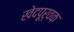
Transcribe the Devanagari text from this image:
खेदपूर्वक